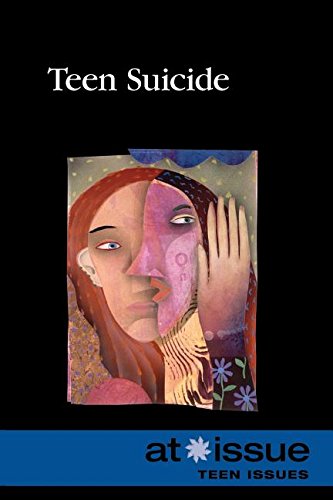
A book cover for Teen Suicide (At Issue); Christine Watkins; Teen & Young Adult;